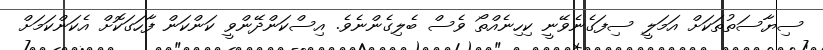
ސިޔާސަތުތަކަށް އަމަލީ ސިފަގެނެވޭނީ ކިހިނެއްތޯ ވެސް ބެލިގެންނެވެ. އިސްކަންދޭންވީ ކަންކަން ފާހަގަކޮށް އެކަންކަމަށް